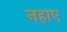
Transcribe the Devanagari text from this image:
नहाए